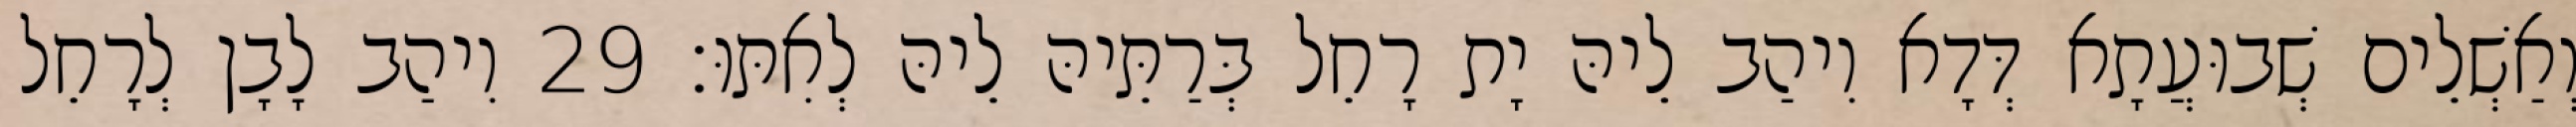
וְאַשְׁלֵים שְׁבוּעֲתָא דְּדָא וִיהַב לֵיהּ יָת רָחֵל בְּרַתֵּיהּ לֵיהּ לְאִתּוּ׃ 29 וִיהַב לָבָן לְרָחֵל